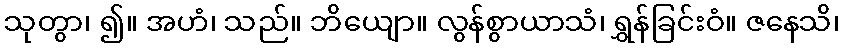
သုတွာ၊ ၍။ အဟံ၊ သည်။ ဘိယျော။ လွန်စွာယာသံ၊ ရွှန်ခြင်းဝံ။ ဇနေသိ၊